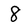
Character: 8